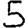
Digit: 5